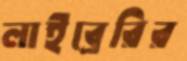
লাইব্রেরির